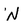
Character: N